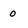
Character: 0